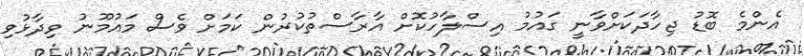
އެންމެ ބޮޑު ޖިހާދަކަށްވާނީ ގައުމު އިސްލާހުކޮށް އާރާސްތުކުރުން ކަމަށް ވެސް މައުމޫނު ވިދާޅުވި